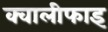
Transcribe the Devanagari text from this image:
क्वालीफाइ